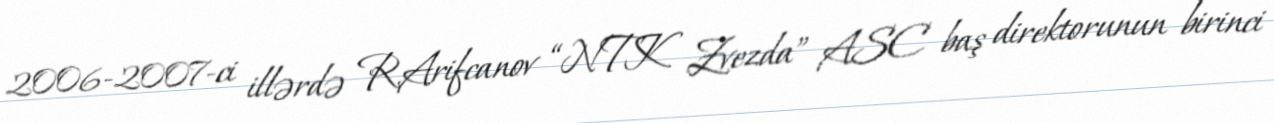
2006-2007-ci illərdə R.Arifcanov “NTK Zvezda” ASC baş direktorunun birinci